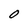
Character: O